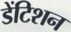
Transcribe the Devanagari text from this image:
डेंटिशन